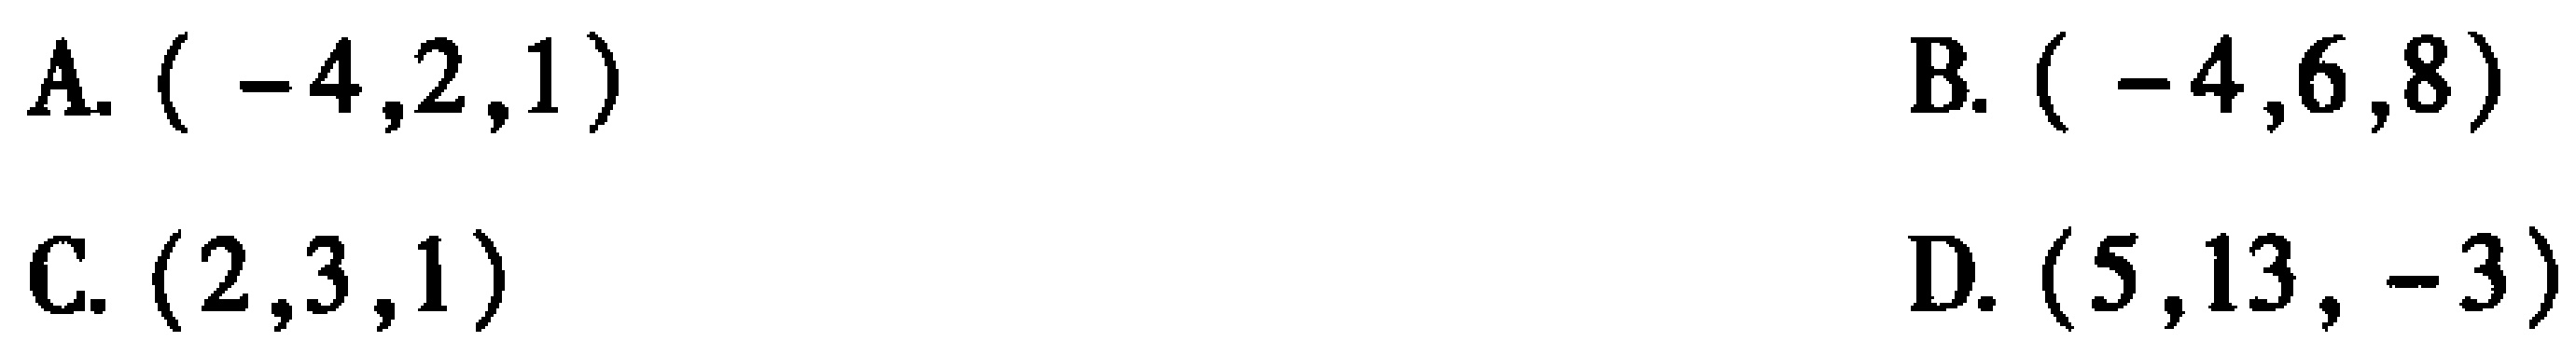
A. \(( -4,2,1)\)

B. \(( -4,6,8)\)

C. \((2,3,1)\)

D. \((5,13, -3)\)